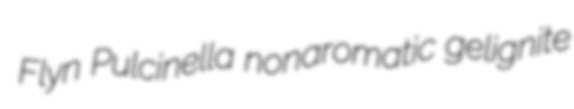
Flyn Pulcinella nonaromatic gelignite